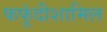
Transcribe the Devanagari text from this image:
फफूंदीशामिल